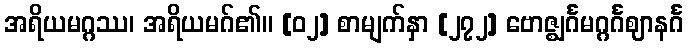
အရိယမဂ္ဂဿ၊ အရိယမဂ်၏။ [၀၂] စာမျက်နှာ [၂၇၂] ဗောဇ္ဈင်္ဂမဂ္ဂင်္ဂဈာနင်္ဂ